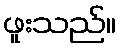
ဖူးသည်။